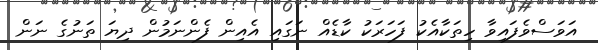
އަވަސްވެފައިވާ ހިތަކާއެކު ފަހަރަކު ކާޑެއް ނަގައި އެއިން ފެންނަމުން ދިޔަ ތަނުގެ ނަން